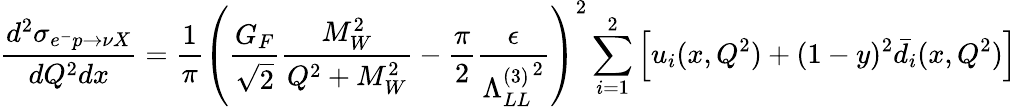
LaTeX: \frac{d^{2}\sigma_{e^{-}p\to\nu X}}{dQ^{2}dx}=\frac{1}{\pi}\left(\frac{G_{F}}{\sqrt{2}}\frac{M_{W}^{2}}{Q^{2}+M_{W}^{2}}-\frac{\pi}{2}\frac{\epsilon}{{\Lambda_{LL}^{(3)}}^{2}}\right)^{2}\sum_{i=1}^{2}\left[u_{i}(x,Q^{2})+(1-y)^{2}\bar{d}_{i}(x,Q^{2})\right]